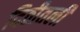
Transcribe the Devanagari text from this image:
दिठीतली